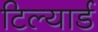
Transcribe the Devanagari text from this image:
टिल्यार्ड